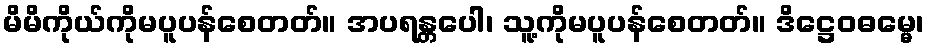
မိမိကိုယ်ကိုမပူပန်စေတတ်။ အပရန္တပေါ၊ သူ့ကိုမပူပန်စေတတ်။ ဒိဋ္ဌေဝဓမ္မေ၊